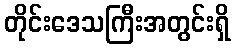
တိုင်းဒေသကြီးအတွင်းရှိ